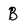
Character: B